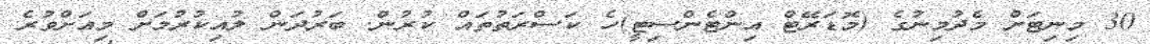
30 މިނިޓަށް މެދުމިނުގެ (މޮޑަރޭޓް އިންޓެންސިޓީ)ހެ ކަސްރަތުތައް ކުރުުން. ބަރުދަން ލުއިކުރުމަށް މިއަށްވުރެ